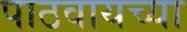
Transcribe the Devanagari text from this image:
पाठवायच्या